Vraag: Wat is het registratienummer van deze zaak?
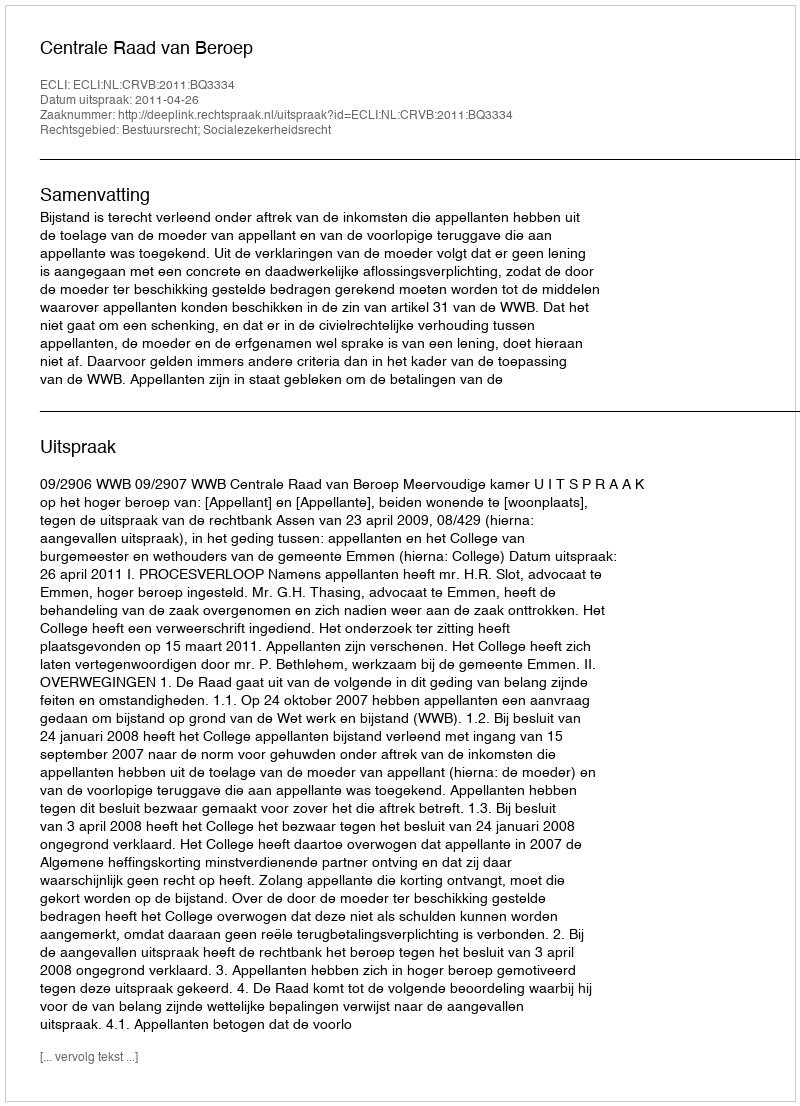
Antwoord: http://deeplink.rechtspraak.nl/uitspraak?id=ECLI:NL:CRVB:2011:BQ3334